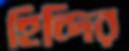
হিন্দির